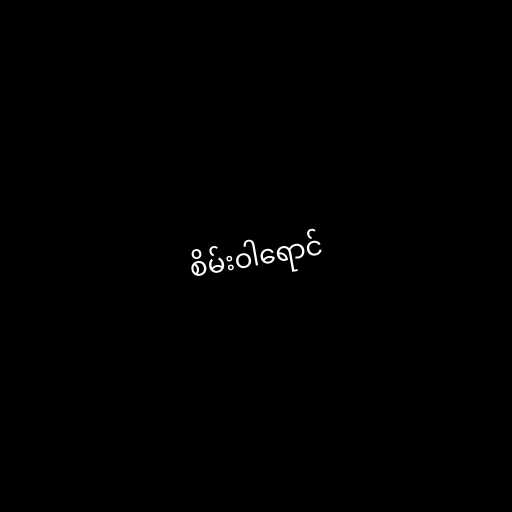
စိမ်းဝါရောင်